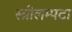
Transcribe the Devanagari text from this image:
स्त्रीलम्पटा